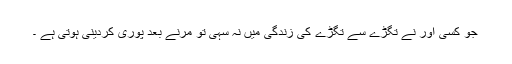
جو کسی اور نے تگڑے سے تگڑے کی زندگی میں نہ سہی تو مرنے بعد پوری کردینی ہوتی ہے ۔